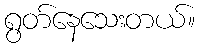
ရွတ်နေသေးတယ်။